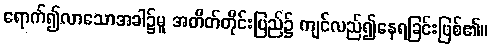
ရောက်၍လာသောအခါ၌မူ အတိတ်တိုင်းပြည်၌ ကျင်လည်၍နေရခြင်းဖြစ်၏။